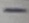
Text: -